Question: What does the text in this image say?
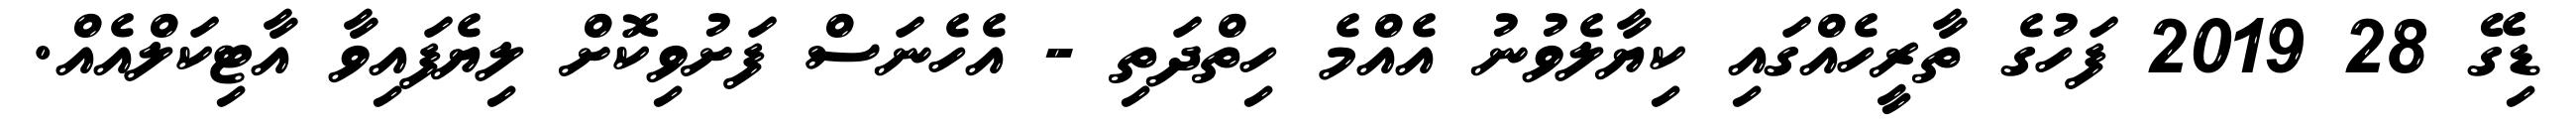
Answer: ޑިގޭ 28 2019 ފަހުގެ ތާރީހެއްގައި ކިޔާލެވުނު އެއްމެ ހިތްދަތި - އެހެނަސް ފަށުވިކޮށް ލިޔެފައިވާ އާޓިކަލްއެއް.